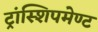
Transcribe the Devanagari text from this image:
ट्रांस्शिपमेण्ट